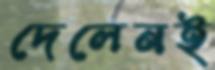
দেলেনই